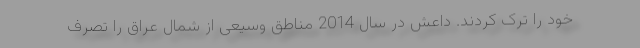
خود را ترک کردند. داعش در سال 2014 مناطق وسیعی از شمال عراق را تصرف